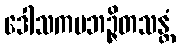
ဒေါသကမဘဉ္ဇိတသန္တံ